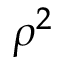
\rho ^ { 2 }